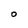
Character: O